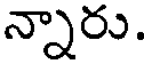
న్నారు.